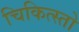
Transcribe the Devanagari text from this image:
चिकित्स्तो